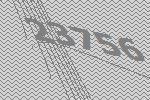
23756